Annual statistical returns and brief notes on vaccination in Bengal - 1909-1929
Year: 1909
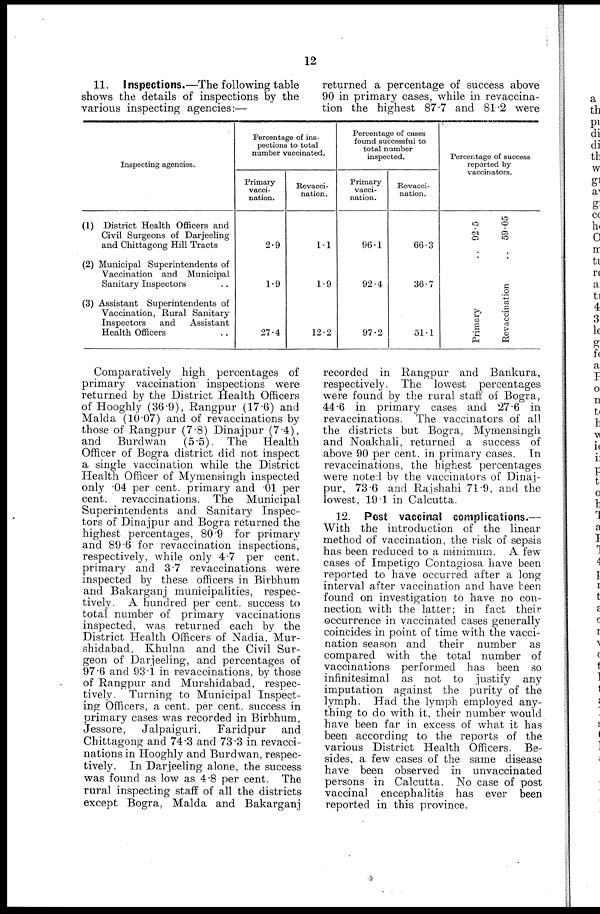
12
11. Inspections.—The following table
shows the details of inspections by the
various inspecting agencies:—
Inspecting agencies.
(1) District Health Officers and
Civil Surgeons of Darjeeling
and Chittagong Hill Tracts
(2) Municipal Superintendents of
Vaccination and Municipal
Sanitary Inspectors
(3) Assistant Superintendents of
Vaccination, Rural Sanitary
Inspectors and
Assistant
Health Officers
Percentage of ins-
pections to total
number vaccinated.
Primary
vacci-
nation.
2.9
1.9
27.4
Revacci-
nation.
1.1
1.9
12.2
Percentage of cases
found successful to
total number
inspected.
Primary
vacci-
nation.
96.1
92.4
97.2
Revacci-
nation.
66.3
36.7
51.1
Percentage of success
reported by
vaccinators.
Primary
..
92.5
Revaccination
.. 59.05
Comparatively high percentages of
primary vaccination inspections were
returned by the District Health Officers
of Hooghly (36.9), Rangpur (17.6) and
Malda (10.07) and of revaccinations by
those of Rangpur (7.8) Dinajpur (7.4),
and Burdwan
(5.5). The Health
Officer of Bogra district did not inspect
a single vaccination while the District
Health Officer of Mymensingh inspected
only .04 per cent. primary and .01 per
cent. revaccinations. The Municipal
Superintendents and Sanitary Inspec-
tors of Dinajpur and Bogra returned the
highest percentages, 80.9 for primary
and 89.6 for revaccination inspections,
respectively, while only 4.7 per cent.
primary and 3.7 revaccinations were
inspected by these officers in Birbhum
and Bakarganj municipalities, respec-
tively. A hundred per cent. success to
total number of primary vaccinations
inspected, was returned each by the
District Health Officers of Nadia, Mur-
shidabad, Khulna and the Civil Sur-
geon of Darjeeling, and percentages of
97.6 and 93.1 in revaccinations, by those
of Rangpur and Murshidabad, respec-
tively. Turning to Municipal Inspect-
ing Officers, a cent. per cent. success in
primary cases was recorded in Birbhum,
Jessore, Jalpaiguri, Faridpur
and
Chittagong and 74.3 and 73.3 in revacci-
nations in Hooghly and Burdwan, respec-
tively. In Darjeeling alone, the success
was found as low as 4.8 per cent. The
rural inspecting staff of all the districts
except Bogra, Malda and Bakarganj
returned a percentage of success above
90 in primary cases, while in revaccina-
tion the highest 87.7 and 81.2 were
recorded in Rangpur and Bankura,
respectively. The lowest percentages
were found by the rural staff of Bogra,
44.6 in primary cases and 27 6 in
revaccinations. The vaccinators of all
the districts but Bogra, Mymensingh
and Noakhali, returned a success of
above 90 per cent. in primary cases. In
revaccinations, the highest percentages
were noted by the vaccinators of Dinaj-
pur, 73.6 and Rajshahi 71.9, and the
lowest, 19.1 in Calcutta.
12. Post vaccinal complications.—
With the introduction of the linear
method of vaccination, the risk of sepsis
has been reduced to a minimum. A few
cases of Impetigo Contagiosa have been
reported to have occurred after a long
interval after vaccination and have been
found on investigation to have no con-
nection with the latter; in fact their
occurrence in vaccinated cases generally
coincides in point of time with the vacci-
nation season and their number as
compared with the total number of
vaccinations performed has been so
infinitesimal as not to justify any
imputation against the purity of the
lymph. Had the lymph employed any-
thing to do with it, their number would
have been far in excess of what it has
been according to the reports of the
various District Health Officers. Be-
sides, a few cases of the same disease
have been observed in unvaccinated
persons in Calcutta. No case of post
vaccinal encephalitis has ever been
reported in this province.